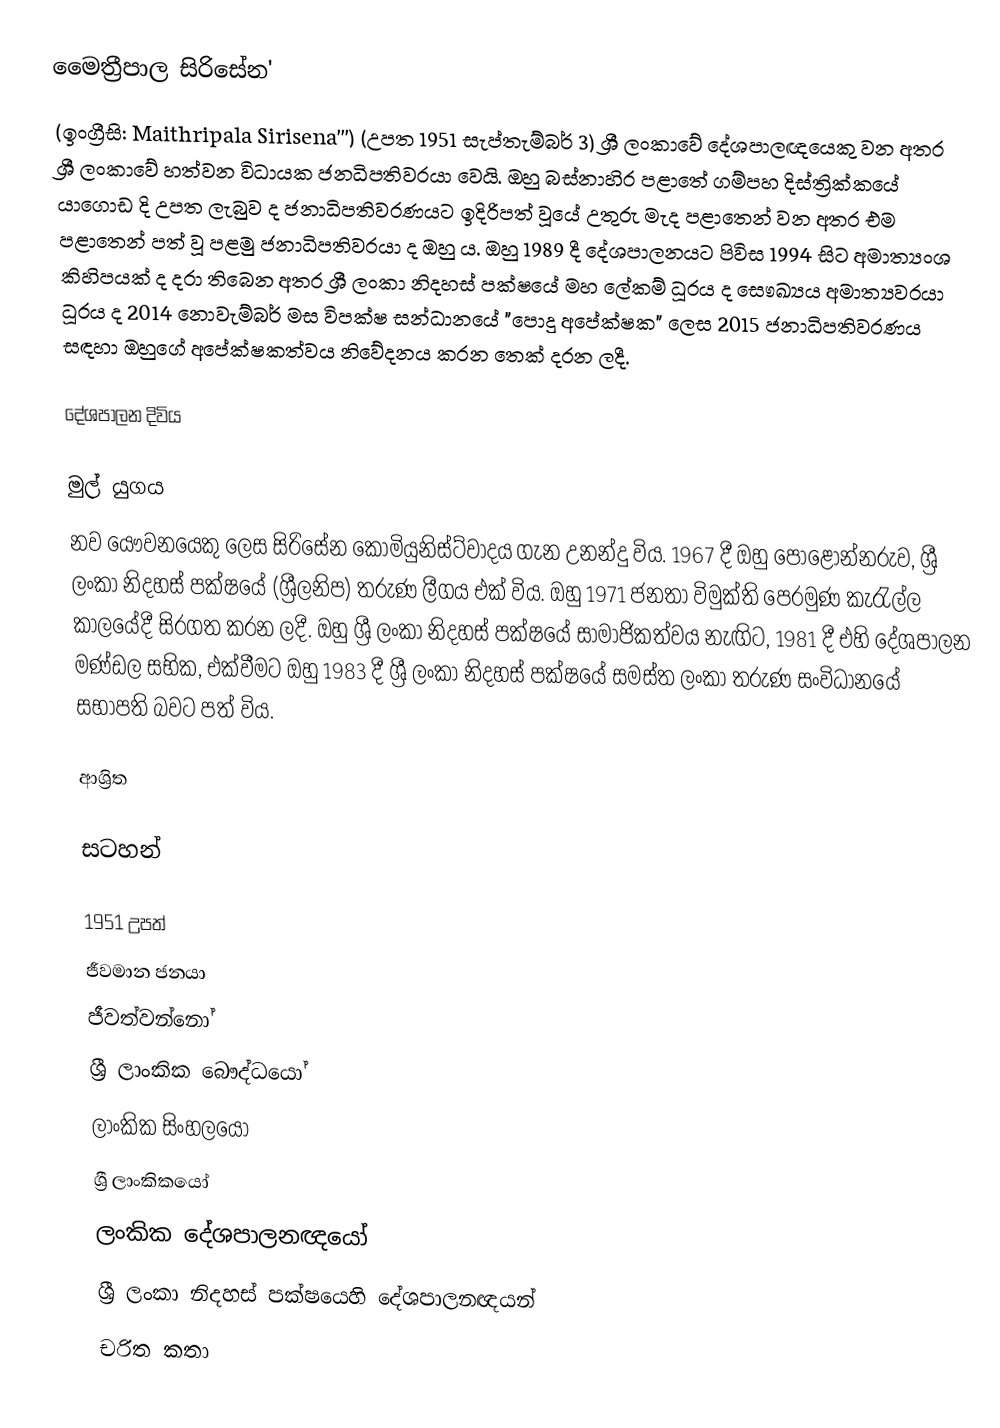
මෛත්‍රීපාල සිරිසේන'
(ඉංග්‍රීසි:  Maithripala Sirisena''') (උපත 1951 සැප්තැම්බර් 3) ශ්‍රී ලංකාවේ දේශපාලඥයෙකු වන අතර ශ්‍රී ලංකාවේ හත්වන විධායක ජනධිපතිවරයා වෙයි. ඔහු බස්නාහිර පළාතේ ගම්පහ දිස්ත්‍රික්කයේ යාගොඩ දි උපත ලැබුව ද ජනාධිපතිවරණයට ඉදිරිපත් වූයේ උතුරු මැද පළාතෙන් වන අතර එම පළාතෙන් පත් වූ පළමු ජනාධිපතිවරයා ද ඔහු ය. ඔහු 1989 දී දේශපාලනයට පිවිස 1994 සිට අමාත්‍යංශ කිහිපයක් ද දරා තිබෙන අතර ශ්‍රී ලංකා නිදහස් පක්ෂයේ මහ ලේකම් ධූරය ද සෞඛ්‍යය අමාත්‍යවරයා  ධූරය ද 2014 නොවැම්බර් මස විපක්ෂ සන්ධානයේ "පොදු අපේක්ෂක" ලෙස 2015 ජනාධිපතිවරණය සඳහා ඔහුගේ අපේක්ෂකත්වය නිවේදනය කරන තෙක් දරන ලදී.

දේශපාලන දිවිය

මුල් යුගය
නව යෞවනයෙකු ලෙස සිරිසේන කොමියුනිස්ට්වාදය ගැන උනන්දු විය. 1967 දී ඔහු පොළොන්නරුව, ශ්‍රී ලංකා නිදහස් පක්ෂයේ (ශ්‍රීලනිප) තරුණ ලීගය එක් විය. ඔහු 1971 ජනතා විමුක්ති පෙරමුණ කැරැල්ල කාලයේදී සිරගත කරන ලදී. ඔහු ශ්‍රී ලංකා නිදහස් පක්ෂයේ සාමාජිකත්වය නැඟිට, 1981 දී එහි දේශපාලන මණ්ඩල සභික, එක්වීමට ඔහු 1983 දී ශ්‍රී ලංකා නිදහස් පක්ෂයේ සමස්ත ලංකා තරුණ සංවිධානයේ සභාපති බවට පත් විය.

ආශ්‍රිත

සටහන්

1951 උපත්
ජීවමාන ජනයා
ජීවත්වන්නෝ
ශ්‍රී ලාංකික බෞද්ධයෝ
ලාංකික සිංහලයෝ
ශ්‍රී ලාංකිකයෝ
ලංකික දේශපාලනඥයෝ
ශ්‍රී ලංකා නිදහස් පක්ෂයෙහි දේශපාලනඥයන්
චරිත කතා